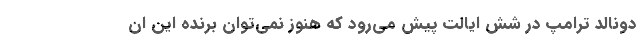
دونالد ترامپ در شش ایالت پیش می‌رود که هنوز نمی‌توان برنده این ان